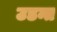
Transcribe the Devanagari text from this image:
उडन्त